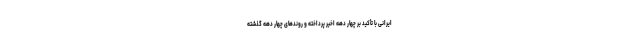
ایرانی با تأکید بر چهار دهه اخیر پرداخته و روند‌های چهار دهه گذشته